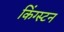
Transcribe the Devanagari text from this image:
किंग्‍स्‍टन